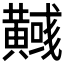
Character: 𪏞